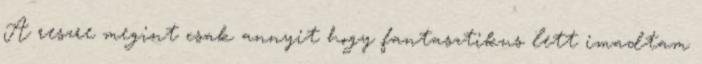
A reszre megint csak annyit hogy fantasztikus lett imadtam